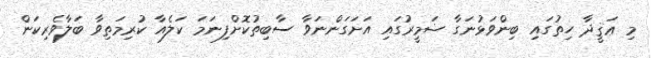
މި ޢަޤީދާ ހިތުގައި ބިންވަޅުނަގާ ޟަމީރުގައި އަށަގަންނަވާ ސާބިތުކޮށްފިނަމަ ކަލެއާ ކުރިމަތިވާ ބަލާވެރިކަން